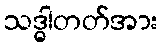
သဒ္ဓါတတ်အား